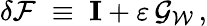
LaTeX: \delta{\mathcal F}\; \equiv\; \mathbf{I}+\varepsilon\, {\mathcal G}_{\mathcal W}\, ,